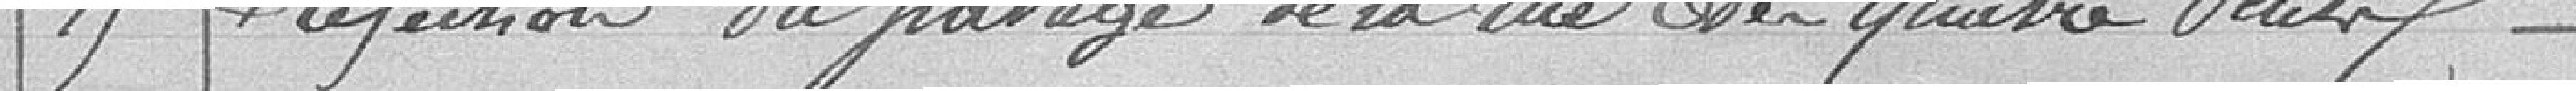
15 - Réfection du pavage de la rue des Quatre Vents